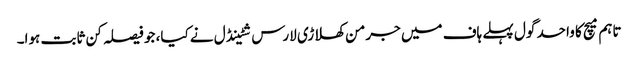
تاہم میچ کا واحد گول پہلے ہاف میں جرمن کھلاڑی لارس شٹینڈل نے کیا، جو فیصلہ کن ثابت ہوا۔